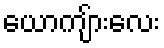
ယောကျ်ားလေး